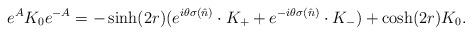
LaTeX: \begin{align*}e^{A}K_0e^{-A}= -\sinh(2r)( e^{i\theta\sigma(\hat n)}\cdot K_+ +e^{-i\theta\sigma(\hat n)}\cdot K_-)+\cosh(2r)K_0.\end{align*}